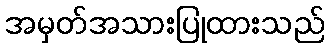
အမှတ်အသားပြုထားသည်